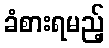
ခံစားရမည့်